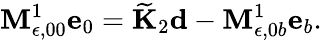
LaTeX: {\mathbf M}_{\epsilon,00}^{1}\mathbf{e}_{0}=\widetilde{\mathbf K}_{2}\mathbf{d}-{\mathbf M}_{\epsilon,0b}^{1}\mathbf{e}_{b}.